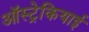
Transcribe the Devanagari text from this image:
ऑस्ट्रेकियाई